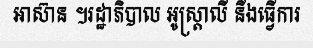
អាស៊ាន ។រដ្ឋាភិបាល អូស្ត្រាលី នឹងធ្វើការ